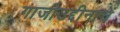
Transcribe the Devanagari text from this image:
गाजीउद्दीनाचें